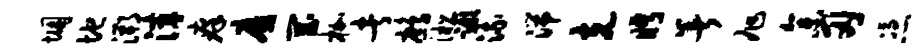
悃地溯滓痒靡罔枷者鹧淞蹶流湍克眄暑旭参刃凭